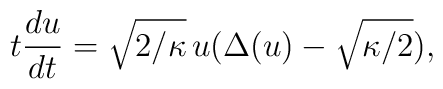
t\frac{du}{dt}=\sqrt{2/\kappa} \, u(\Delta(u)-\sqrt{\kappa/2}),